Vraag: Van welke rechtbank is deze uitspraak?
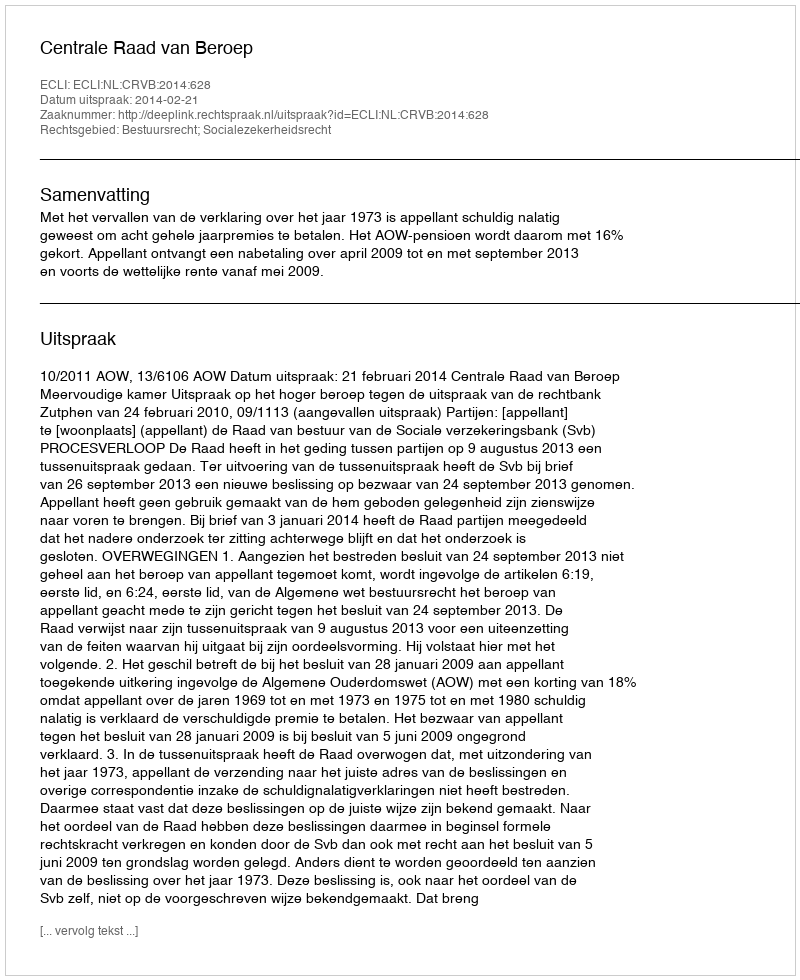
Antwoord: Centrale Raad van Beroep